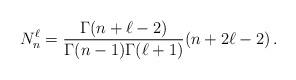
LaTeX: \begin{align*}N_{n}^{\ell}= \frac{\Gamma(n+\ell-2)}{\Gamma(n-1)\Gamma(\ell+1)}(n+2\ell-2) \, .\end{align*}